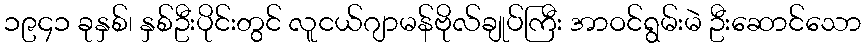
၁၉၄၁ ခုနှစ်၊ နှစ်ဦးပိုင်းတွင် လူငယ်ဂျာမန်ဗိုလ်ချုပ်ကြီး အာဝင်ရွမ်းမဲ ဦးဆောင်သော